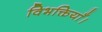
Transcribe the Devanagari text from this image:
विभक्तियाँ।